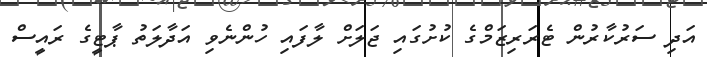
އަދި ސަރުކާރުން ޓެރަރިޒަމްގެ ކުށުގައި ޖަލަށް ލާފައި ހުންނެވި އަދާލަތު ޕާޓީގެ ރައީސް